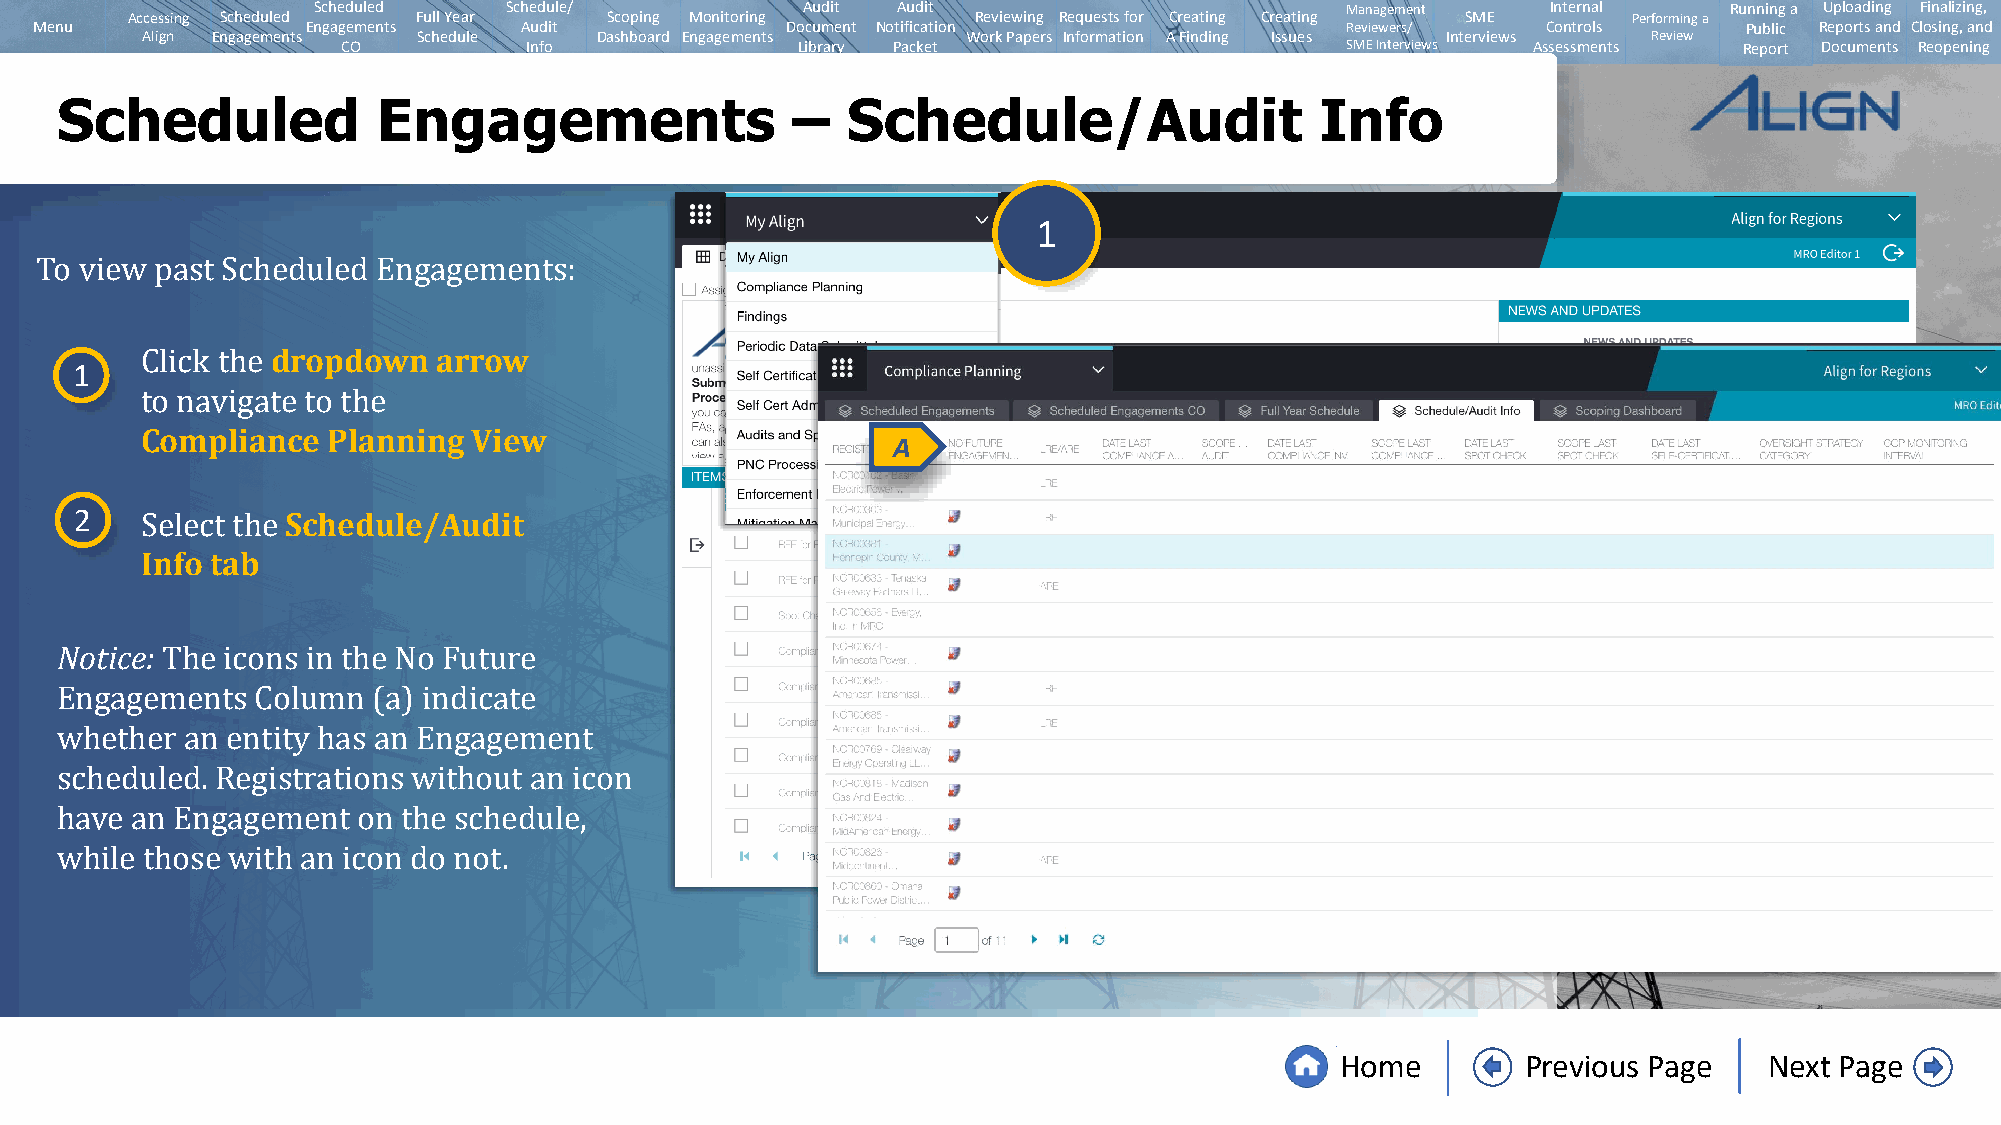
Scheduled   Schedule/           Audit Audit                         Management    Internal   Running a Uploading Finalizing,
 Accessing Scheduled Full Year   Scoping Monitoring       Reviewing Requests for Creating Creating SME Performing a
 Menu              Engagements   Audit             Document Notification                Reviewers/   Controls      Public Reports and Closing, and
 Align Engagements  Schedule   Dashboard Engagements    Work Papers Information A Finding Issues Interviews Review
 CO          Info              Library Packet                      SMEInterviews Assessments Report Documents Reopening
 Scheduled            Engagements                –   Schedule/Audit                 Info
 1
 To view past Scheduled Engagements:
 dropdown   arrow
 1
 Click the
 Compliance   Planning View
 A
 to navigate to the
 2             Schedule/Audit
 Info tab
 Select the
 Notice:
 The icons in the No Future
 Engagements  Column  (a) indicate
 whether an entity has an Engagement
 scheduled. Registrations without an icon
 have an Engagement  on the schedule,
 while those with an icon do not.
 Home        Previous Page   Next Page